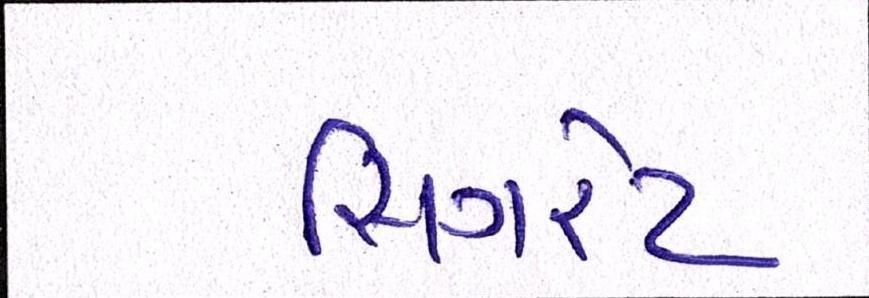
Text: સિગરેટ